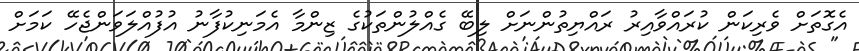
އެގޮތަށް ވެރިކަން ކުރައްވާއިރު ރައްޔިތުންނަށް ލިބޭ ގެއްލުންތަކުގެ ޒިންމާ އެމަނިކުފާނު އުފުއްލަވަންޖެހޭ ކަމަށް